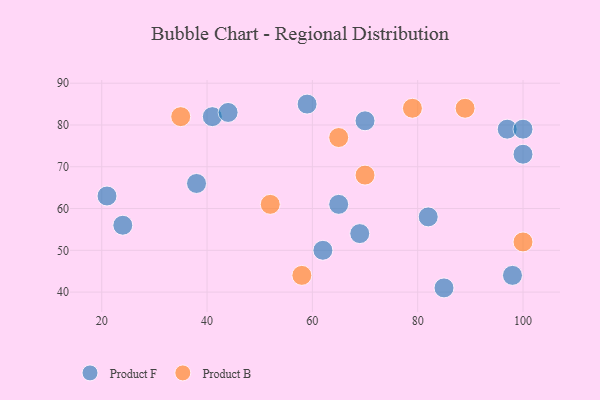
{"axis": {"x": "GDP", "y": "Life Expectancy"}, "legend": ["Product B", "Product F"], "data": [{"x": "65", "y": 61, "type": "Product F"}, {"x": "98", "y": 44, "type": "Product F"}, {"x": "97", "y": 79, "type": "Product F"}, {"x": "85", "y": 41, "type": "Product F"}, {"x": "69", "y": 54, "type": "Product F"}, {"x": "24", "y": 56, "type": "Product F"}, {"x": "59", "y": 85, "type": "Product F"}, {"x": "70", "y": 81, "type": "Product F"}, {"x": "62", "y": 50, "type": "Product F"}, {"x": "41", "y": 82, "type": "Product F"}, {"x": "100", "y": 79, "type": "Product F"}, {"x": "21", "y": 63, "type": "Product F"}, {"x": "38", "y": 66, "type": "Product F"}, {"x": "44", "y": 83, "type": "Product F"}, {"x": "82", "y": 58, "type": "Product F"}, {"x": "100", "y": 73, "type": "Product F"}, {"x": "35", "y": 82, "type": "Product B"}, {"x": "79", "y": 84, "type": "Product B"}, {"x": "100", "y": 52, "type": "Product B"}, {"x": "65", "y": 77, "type": "Product B"}, {"x": "89", "y": 84, "type": "Product B"}, {"x": "52", "y": 61, "type": "Product B"}, {"x": "58", "y": 44, "type": "Product B"}, {"x": "70", "y": 68, "type": "Product B"}]}